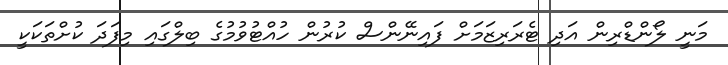
މަނީ ލޯންޑްރިން އަދި ޓެރަރިޒަމަށް ފައިނޭންސް ކުރުން ހުއްޓުވުމުގެ ބިލްގައި މިފަދަ ކުށްތަކަކީ